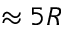
\approx 5 R